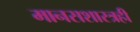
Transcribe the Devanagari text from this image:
मानसशास्त्रही